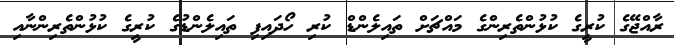
ރާއްޖޭގެ ކުރީގެ ކުޅުންތެރިންގެ މައްޗަށް ތައިލެންޑް ކުރި ހޯދައިފި ތައިލެންޑުގެ ކުރީގެ ކުޅުންތެރިންނާއި